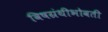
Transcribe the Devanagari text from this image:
विषग्रंथीभोवती